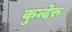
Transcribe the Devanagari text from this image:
कुन्देरु